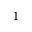
1